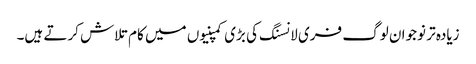
زیادہ تر نوجوان لوگ فری لانسنگ کی بڑی کمپنیوں میں کام تلاش کرتے ہیں۔